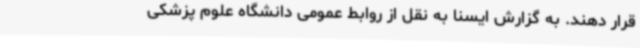
قرار دهند. به گزارش ایسنا به نقل از روابط عمومی دانشگاه علوم پزشکی